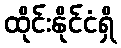
ထိုင်းနိုင်ငံရှိ